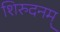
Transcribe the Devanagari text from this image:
शिरुदनम्